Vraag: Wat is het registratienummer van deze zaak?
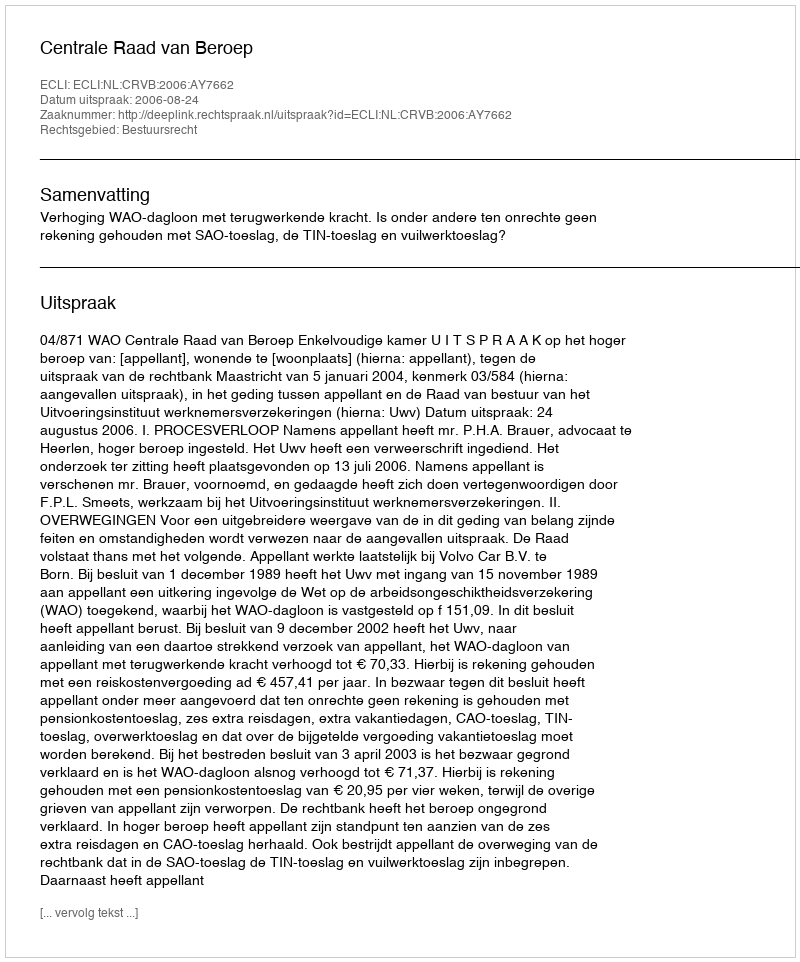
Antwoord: http://deeplink.rechtspraak.nl/uitspraak?id=ECLI:NL:CRVB:2006:AY7662